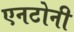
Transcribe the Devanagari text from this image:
एनटोनी